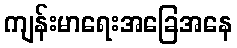
ကျန်းမာရေးအခြေအနေ